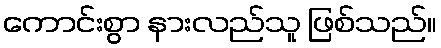
ကောင်းစွာ နားလည်သူ ဖြစ်သည်။